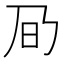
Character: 𪜌